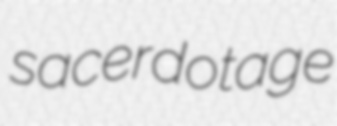
sacerdotage